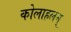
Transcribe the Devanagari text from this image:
कोलाहलम्